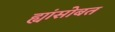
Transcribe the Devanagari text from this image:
ह्यांसोबत